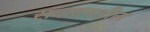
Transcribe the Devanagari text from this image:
संवादनशील